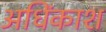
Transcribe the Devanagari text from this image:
अधिंकाश